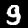
Digit: 9